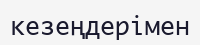
кезеңдерімен